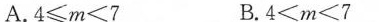
A.4\geqm＜7 B.4＜m＜7